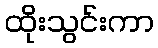
ထိုးသွင်းကာ